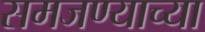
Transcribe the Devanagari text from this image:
समजण्याच्या